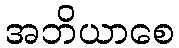
အဘိယာစေ